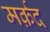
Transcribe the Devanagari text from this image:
मर्क़द